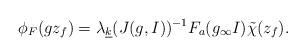
LaTeX: \begin{align*}\phi_F(g z_f) = \lambda_{\underline{k}}(J(g, I))^{-1} F_a(g_\infty I)\tilde\chi(z_f).\end{align*}